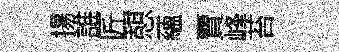
揚誰匠憇蘊賣峰苔